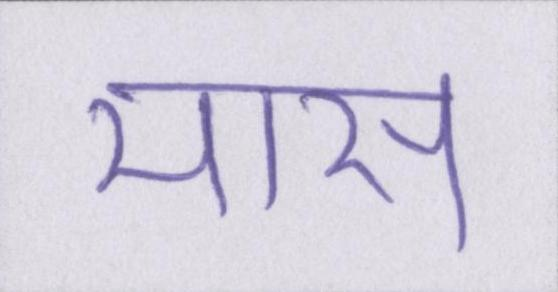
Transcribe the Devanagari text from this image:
मास